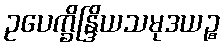
ဥပေက္ခိန္ဒြိယသမုဒယဉ္စ